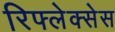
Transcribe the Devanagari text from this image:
रिफ्लेक्सेस